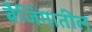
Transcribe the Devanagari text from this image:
बैजिंगातील